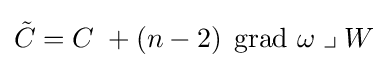
{\tilde {C}}=C\;+(n-2)\;\operatorname {grad} \,\omega \;\lrcorner \;W